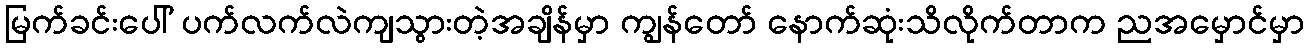
မြက်ခင်းပေါ် ပက်လက်လဲကျသွားတဲ့အချိန်မှာ ကျွန်တော် နောက်ဆုံးသိလိုက်တာက ညအမှောင်မှာ